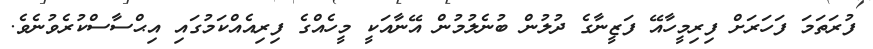
ފުރަތަމަ ފަހަރަށް ފިރިމީހާއޭ ފަޒީނާގެ ދުލުން ބުނެލުމުން އޭނާއަކީ މީހެއްގެ ފިރިއެއްކަމުގައި އިޙްސާސްކުރެވުނެވެ.